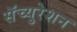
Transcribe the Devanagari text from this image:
सॅच्युरेशन